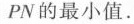
PN的最小值.